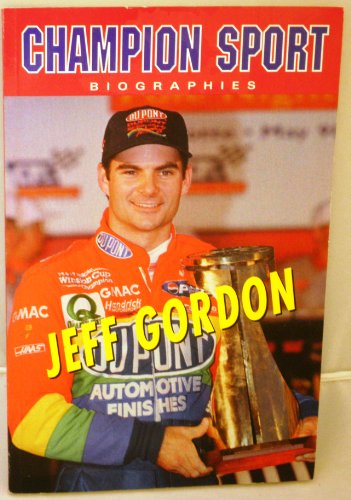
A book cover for Jeff Gordon (Champion Sports Biography); Ken Sparling; Teen & Young Adult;